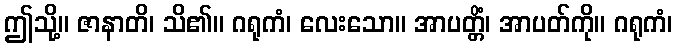
ဤသို့။ ဇာနာတိ၊ သိ၏။ ဂရုကံ၊ လေးသော။ အာပတ္တိံ၊ အာပတ်ကို။ ဂရုကံ၊